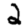
Digit: 2